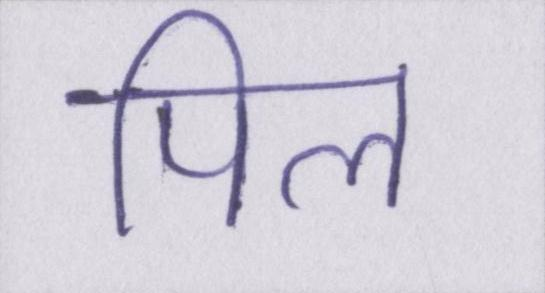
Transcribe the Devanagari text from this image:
पिल